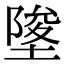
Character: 𡍵